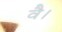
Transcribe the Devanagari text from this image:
वै।